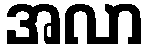
အလာ